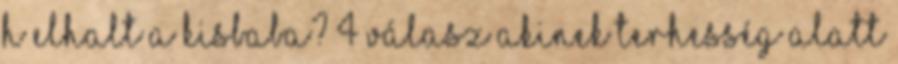
h elhalt a kisbaba? 4 válasz Akinek terhesség alatt